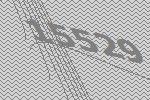
15529